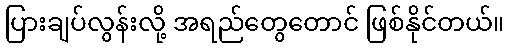
ပြားချပ်လွန်းလို့ အရည်တွေတောင် ဖြစ်နိုင်တယ်။